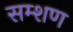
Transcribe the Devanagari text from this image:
सम्शण